Vaccination North-Western Provinces 1866-1877 - 1866-1877
Year: 1866
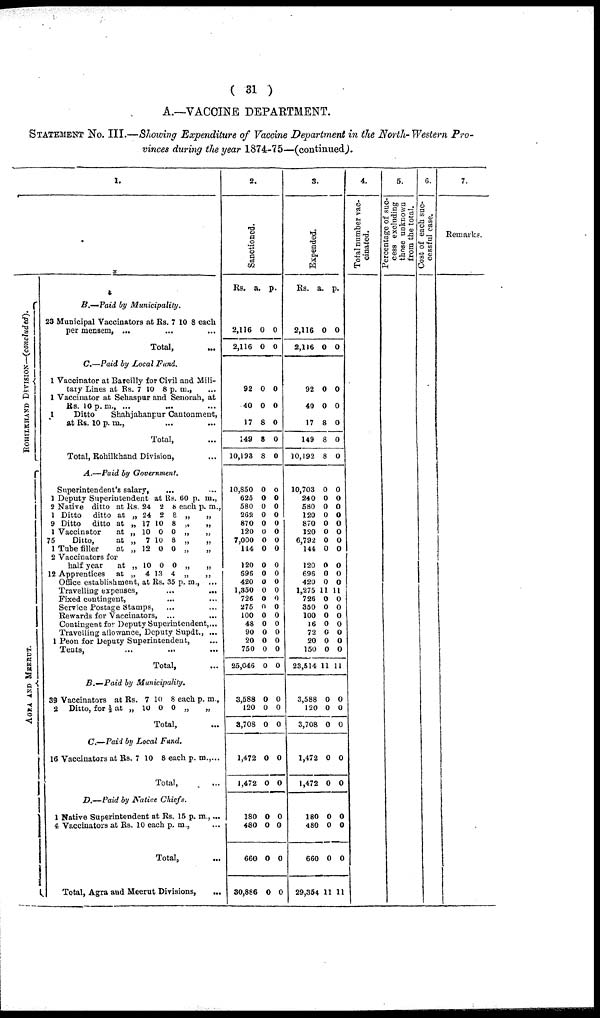
( 31 )
A.—VACCINE DEPARTMENT.
STATEMENT No. III.—Showing Expenditure of Vaccine Department in the North-Western Pro-
vinces during the year 1874-75—(continued).
ROHILKHAND DIVISION— (concluded).
AGRA AND MEERUT.
1.
B.—Paid by
Municipality.
23 Municipal Vaccinators at Rs.7 10 8 each
per mensem, ... ... ...
Total, ...
C.—Paid by Local Fund.
1 Vaccinator at Bareilly for Civil and Mili-
tary Lines at Rs. 7 10 8 p. m., ...
1 Vaccinator at Sehaspur and Senorah, at
Rs. 10 p. m., ... ... ...
1
Ditto
Shahjahanpur Cantonment,
at Rs. 10 p. m., ... ...
Total, ...
Total, Rohilkhand Division, ...
A.—Paid by
Government.
Superintendent's salary, ... ...
1 Deputy Superintendent at Rs. 60 p. m.,
2 Native ditto at
1 Ditto
ditto at
9 Ditto
ditto at
1 Vaccinator
at
75
Ditto,
at
1 Tube
filler
at
2 Vaccinators for
half year
at
12 Apprentices
at
Rs.
„
„
„
„
„
„
„
24
24
17
10
7
12
10
4
2
2
10
0
10
0
0
13
8
8
8
0
8
0
0
4
each
„
„
„
„
„
„
„
p. m.,
„
„
„
„
„
„
„
Office establishment, at Rs. 35 p.m., ...
Travelling expenses,
...
...
Fixed contingent,
...
...
Service Postage Stamps,
...
Rewards for Vaccinators, ...
...
Contingent for Deputy Superintendent, ...
Travelling allowance, Deputy Supdt., ...
1 Peon for Deputy Superintendent,
...
Tents, ... ... ...
Total, ...
B.—Paid
by
Municipality.
39 Vaccinators at
2
Ditto, for ½ at
Rs.
„
7
10
10
0
8
0
each
„
p. m.,
„
Total, ...
C.—Paid by Local Fund.
16 Vaccinators at Rs. 7 10 8 each p. m., ...
Total, ...
D.—Paid by Native
Chiefs.
1 Native Superintendent at Rs. 15 p. m.,...
4 Vaccinators at Rs. 10 each p. m.,
Total, ...
Total, Agra and Meerut Divisions, ...
2.
Sanctioned.
Rs.
2,116
2,116
92
40
17
149
10,193
10,850
625
580
262
870
120
7,000
144
120
696
420
1,350
726
275
100
48
90
20
750
25,046
3,588
120
3,708
1,472
1,472
180
480
660
30,886
a.
0
0
0
0
8
8
8
0
0
0
0
0
0
0
0
0
0
0
0
0
0
0
0
0
0
0
0
0
0
0
0
0
0
0
0
0
p.
0
0
0
0
0
0
0
0
0
0
0
0
0
0
0
0
0
0
0
0
0
0
0
0
0
0
0
0
0
0
0
0
0
0
0
0
3.
Expended.
Rs.
2,116
2,116
92
40
17
149
10,192
10,703
240
580
120
870
120
6,792
144
120
696
420
1,275
726
350
100
16
72
20
150
23,514
3,588
120
3,708
1,472
1,472
180
480
660
29,354
a.
0
0
0
0
8
8
8
0
0
0
0
0
0
0
0
0
0
0
11
0
0
0
0
0
0
0
11
0
0
0
0
0
0
0
0
11
p.
0
0
0
0
0
0
0
0
0
0
0
0
0
0
0
0
0
0
11
0
0
0
0
0
0
0
11
0
0
0
0
0
0
0
0
11
4.
Total number vac-
cinated.
5.
Percentage of suc-
cess excluding
those unknown
from the total.
6.
Cost of each suc-
cessful case.
7.
Remark.